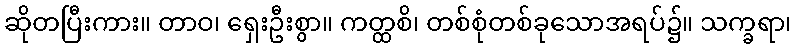
ဆိုတပြီးကား။ တာဝ၊ ရှေးဦးစွာ။ ကတ္ထစိ၊ တစ်စုံတစ်ခုသောအရပ်၌။ သက္ခရာ၊